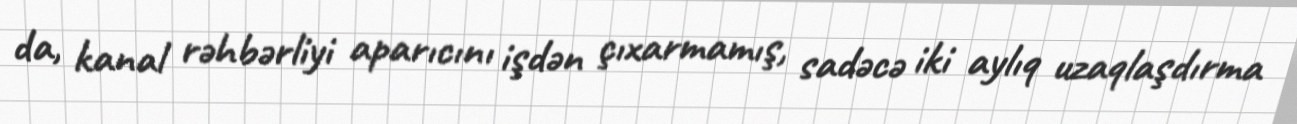
da, kanal rəhbərliyi aparıcını işdən çıxarmamış, sadəcə iki aylıq uzaqlaşdırma